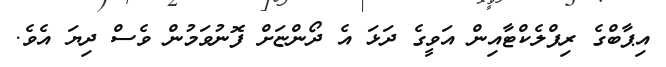
އިޕާބްގެ ރިފްލެކްޓާއިން އަވީގެ ދަޅަ އެ ދޯންޏަށް ފޮނުވަމުން ވެސް ދިޔަ އެވެ.